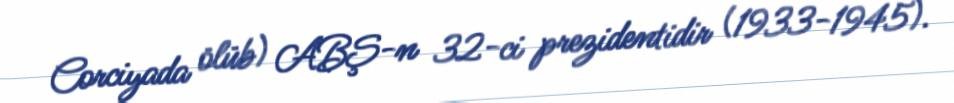
Corciyada ölüb) ABŞ-n 32-ci prezidentidir (1933-1945).